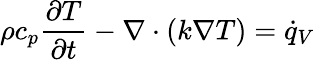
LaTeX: \rho c_{p}{\frac{\partial T}{\partial t}}-\nabla\cdot\left(k\nabla T\right)={\dot{q}}_{V}